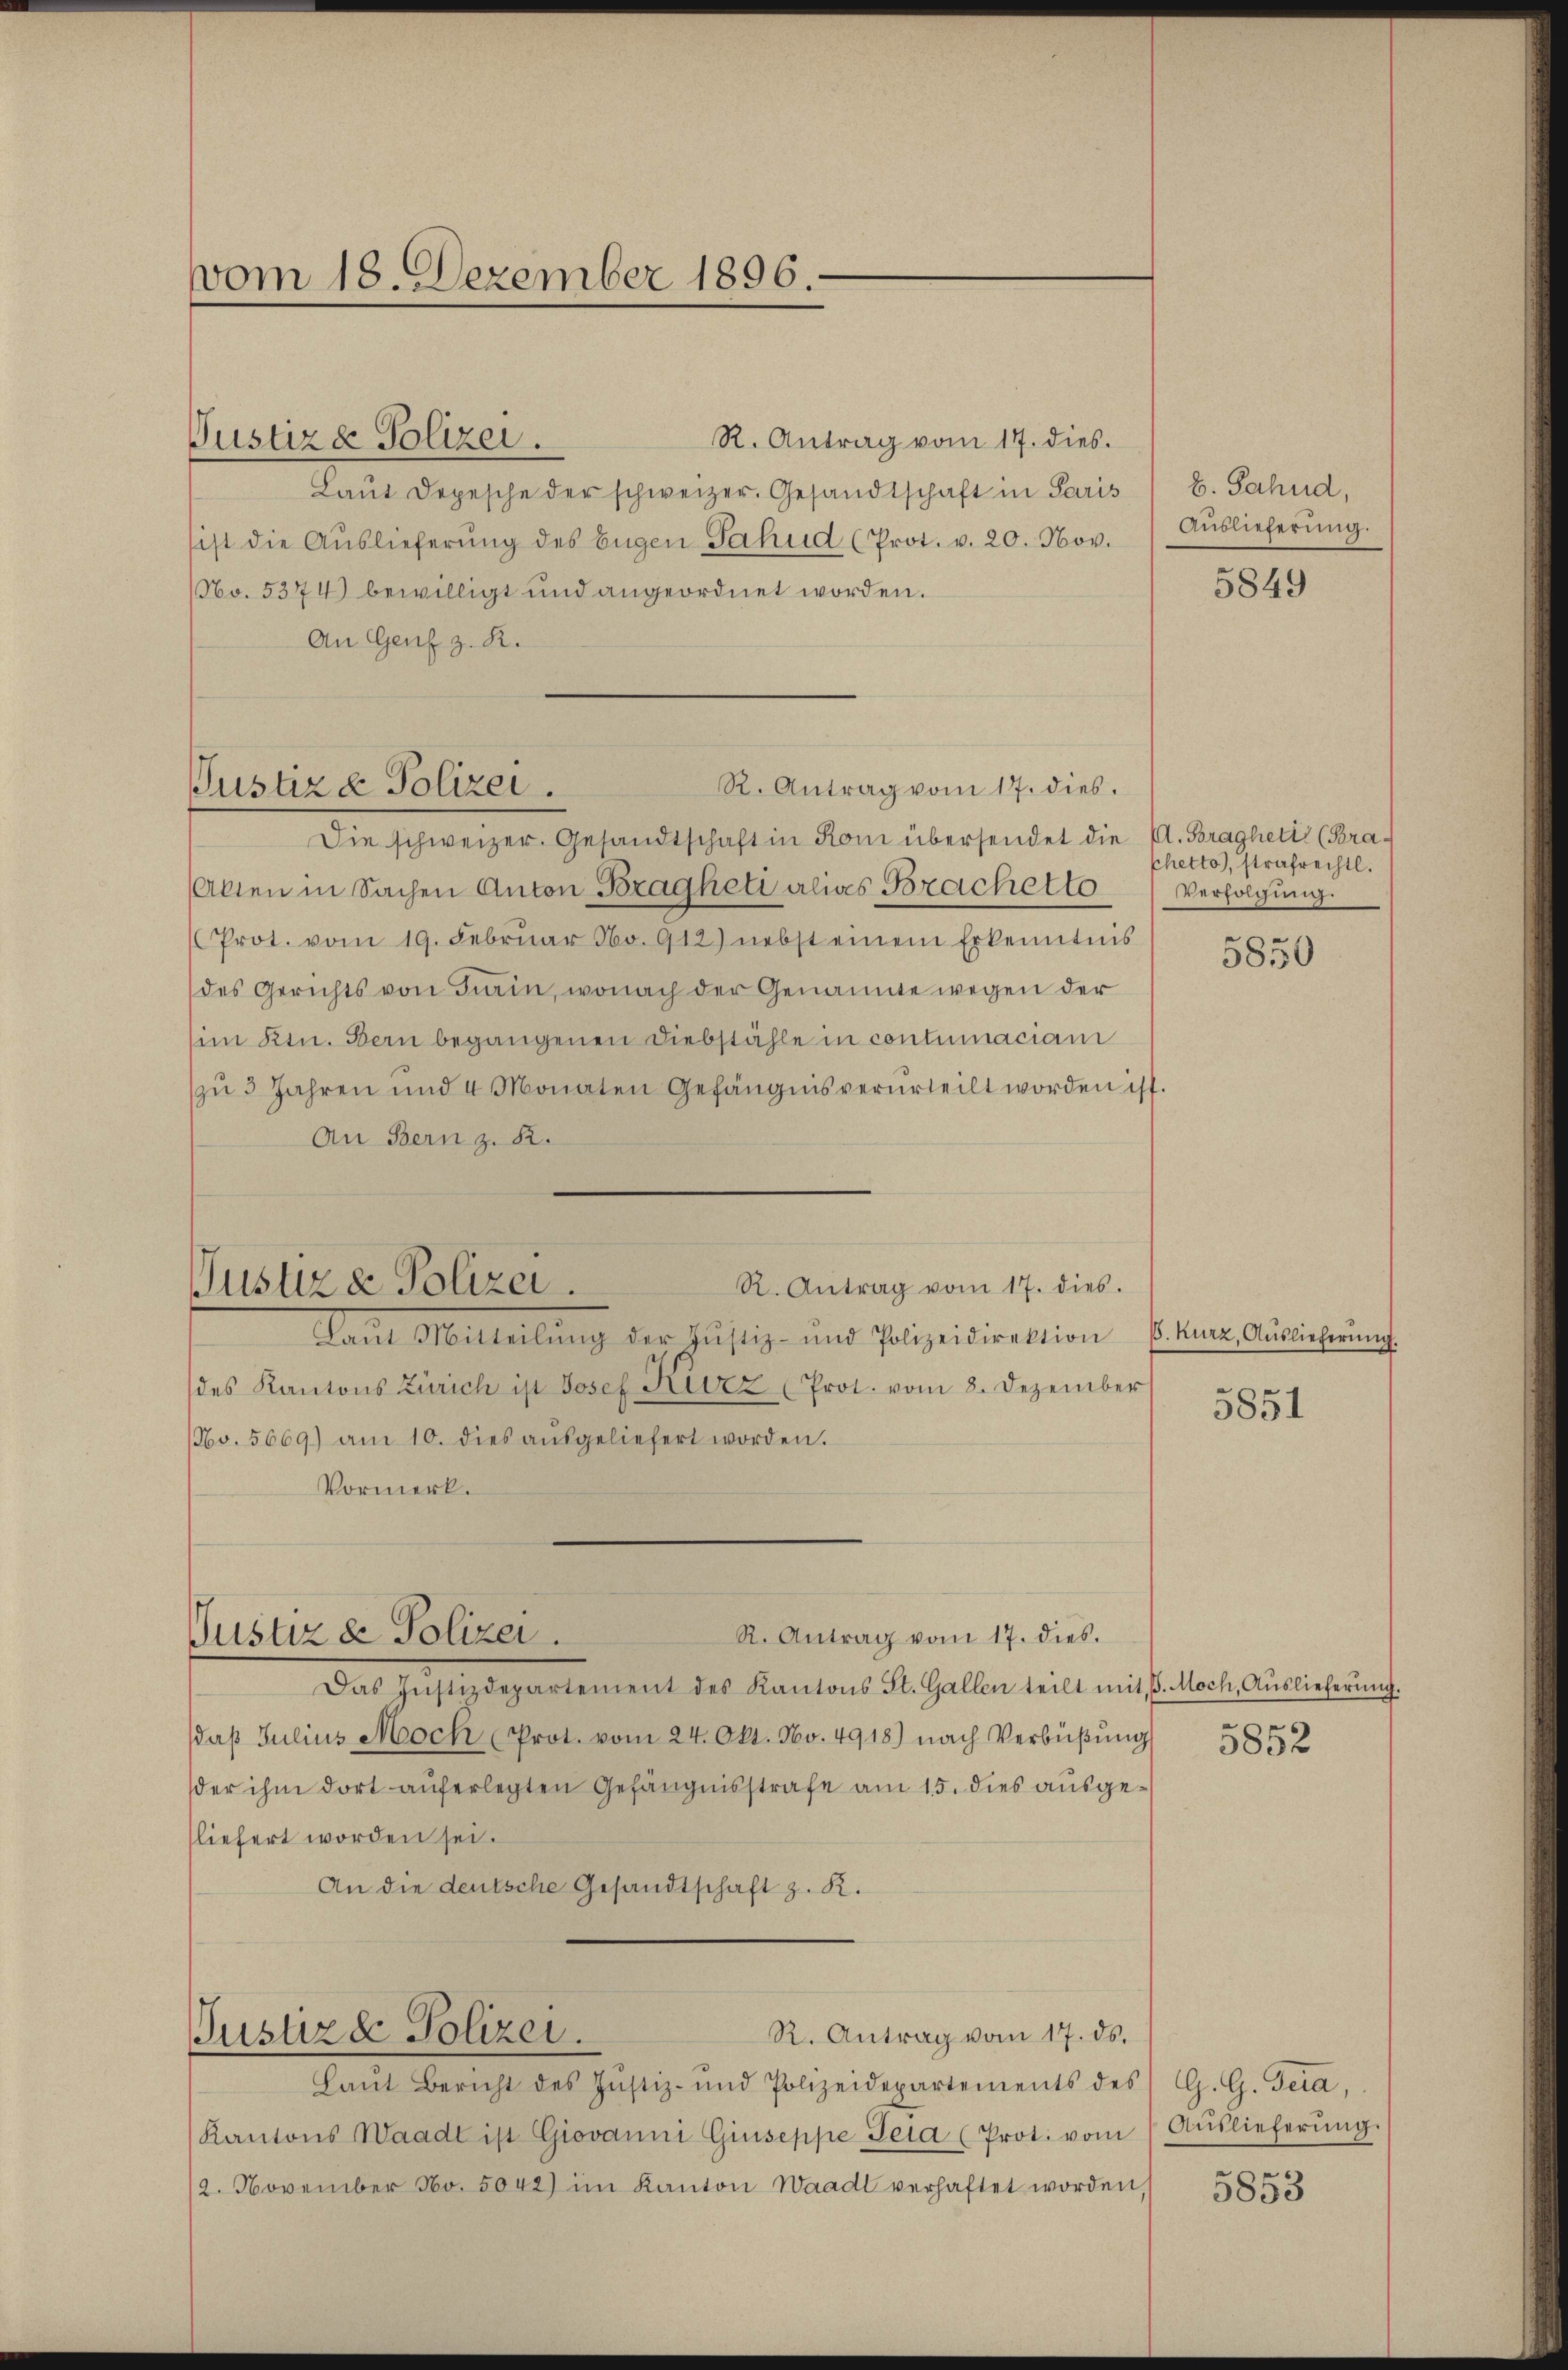
vom 18. Dezember 1896.

Justiz & Polizei.

Justiz & Polizei.

Laŭt Depesche der schweizer. Gesandtschaft in Paris
sist die Auslieferŭng des Eigen Sahud (Prot. v. 20. Nov.
NNo. 5374) bewilligt und angeordnet worden.
An Genf z. R.
R. Antrag vom 17. dies.
Die schweizer. Gesandtschaft in Rom übersendet die
Allen in Sachen Anton Bragheti alias Brachetto
Prot. vom 19. Febrŭar No. 912) nebst einem Erkenntnis
des Gerichts von Firin, wonach der Genannte wegen der
im Ktn. Bern begangenen Diebstähle in contumaciam
zŭ 3 Jahren und 4 Monaten Gefängnis verurteilt worden ist
An Bern z. B.
R. Antrag vom 17. dies.
Justiz & Polizei.
Lam Mitteilŭng der Justiz- und Polizeidirektion u. Kurz Aŭslieferŭng
des Kantons Zürich ist Josef Kurz (Prot. vom 8. Dezember
No. 5669) am 10. dies aŭsgeliefert worden.
Vormerk.

Justiz de Polizei.

Justiz & Polizei.

R. Antrag vom 17. dies.

R. Antrag vom 17. dies.
Das Justizdepartement des Kantons St. Gallen teilt mit 8. Moch, Aŭslieferŭng.
daβ Julius Moch (Prot. vom 24. Okt. No. 4918.) nach Verbüβŭng
der ihm dort auferlegten Gefängnisstrafe am 15. dies ausgeliefert worden sei.
An die deutsche Gesandtschaft z. K.

R. Antrag vom 17. ds.
Laŭt Bericht des Justiz- und Polizeidepartements des
Kantons Waadt ist Giovanni Giuseppe Teia (Prot. vom Aŭslieferŭng.
2. November No. 5042) im Kanton Waadt verhaftet worden,

b. Fahnd,
Auslieferung.

5849

A. Braghetis (Bra-
phetto, strafrechtl.
Verfolgung.

5850

5851

5852

G. G. Gera,

5853